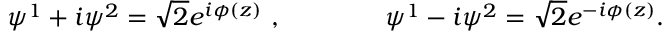
\psi ^ { 1 } + i \psi ^ { 2 } = \sqrt 2 e ^ { i \phi ( z ) } \ , \qquad \qquad \psi ^ { 1 } - i \psi ^ { 2 } = \sqrt 2 e ^ { - i \phi ( z ) } .